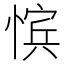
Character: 𪬚